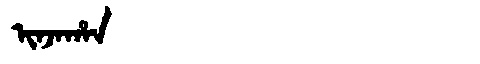
Manchu: ᡳᠨᠵᠠᡥᠠᠨ
Romanization: INJAHAN